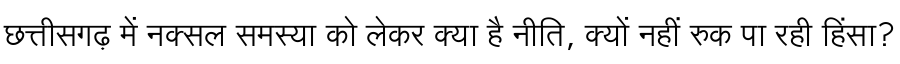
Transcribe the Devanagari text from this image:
छत्तीसगढ़ में नक्सल समस्या को लेकर क्या है नीति, क्यों नहीं रुक पा रही हिंसा?